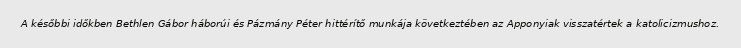
A későbbi időkben Bethlen Gábor háborúi és Pázmány Péter hittérítő munkája következtében az Apponyiak visszatértek a katolicizmushoz.